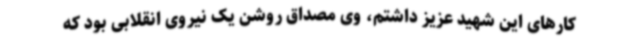
کارهای این شهید عزیز داشتم، وی مصداق روشن یک نیروی انقلابی بود که